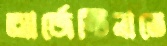
আর্জেন্টিনাতে